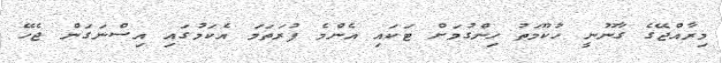
މިރާއްޖޭގެ ގާނޫނީ ހުކޫމަތު ހިންގުމަށް ޓަކައި އެންމެ ފުރަތަމަ އެކަމުގައި އިސްނަގަން ޖެހޭ